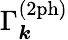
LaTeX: \Gamma_{\boldsymbol{k}}^{(\mathrm{2ph})}